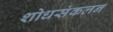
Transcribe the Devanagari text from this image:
शोधसंकलन